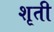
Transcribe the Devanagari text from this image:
शृती